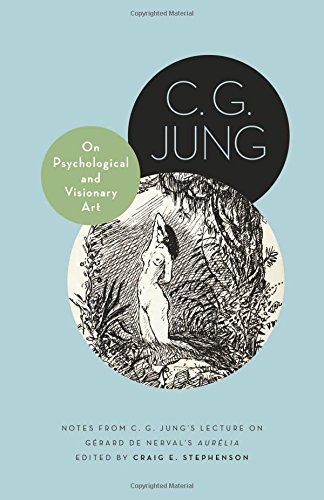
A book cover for On Psychological and Visionary Art: Notes from C. G. Jung's Lecture on GÃ©rard de Nerval's "AurÃ©lia" (Philemon Foundation Series); C. G. Jung; Medical Books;